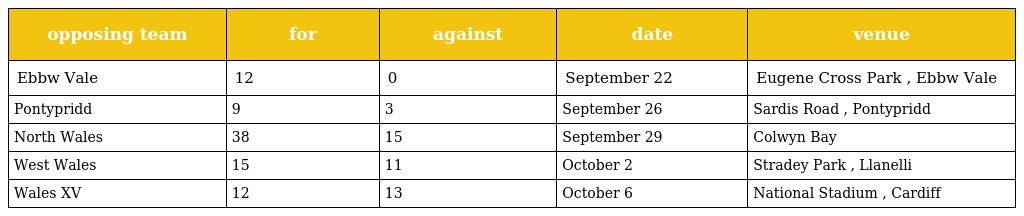
| opposing team | for | against | date | venue |
 | --- | --- | --- | --- | --- |
 | Ebbw Vale | 12 | 0 | September 22 | Eugene Cross Park , Ebbw Vale |
 | Pontypridd | 9 | 3 | September 26 | Sardis Road , Pontypridd |
 | North Wales | 38 | 15 | September 29 | Colwyn Bay |
 | West Wales | 15 | 11 | October 2 | Stradey Park , Llanelli |
 | Wales XV | 12 | 13 | October 6 | National Stadium , Cardiff |